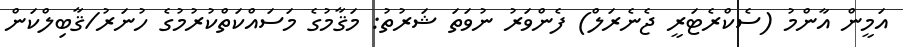
އަމީން އާންމު (ސެކްރެޓަރީ ޖެނެރަލް) ފެންވަރު ނުވަތަ ޝަރުތު: މަޤާމުގެ މަސައްކަތްކުރުމުގެ ހުނަރު/ޤާބިލްކަން